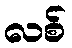
လစ်